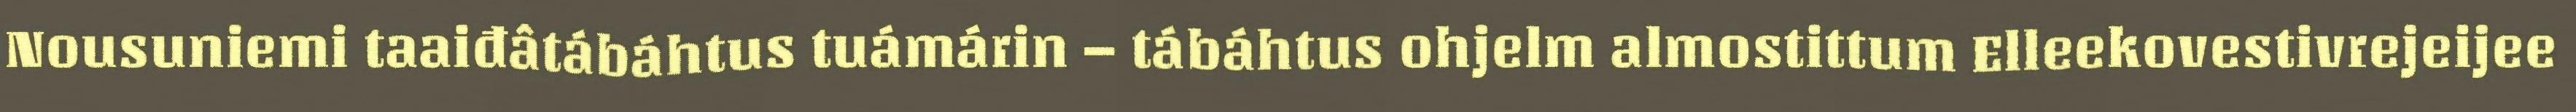
Nousuniemi taaiđâtábáhtus tuámárin – tábáhtus ohjelm almostittum Elleekovestivrejeijee